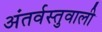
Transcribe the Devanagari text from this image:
अंतर्वस्तुवाली